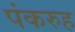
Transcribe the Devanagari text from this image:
पंकरुह